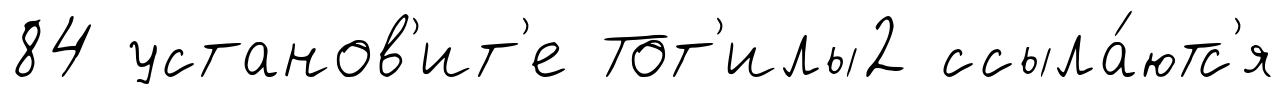
84 установ'ит'е Тот'илы2 ссыла́ютс'я